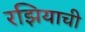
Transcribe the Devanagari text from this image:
रझियाची